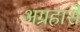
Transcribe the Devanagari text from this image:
अग्रहारों